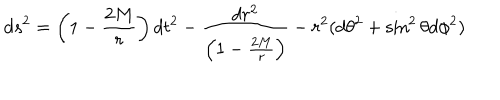
d s ^ { 2 } = \left( 1 - \frac { 2 M } { r } \right) d t ^ { 2 } - \frac { d r ^ { 2 } } { \left( 1 - \frac { 2 M } { r } \right) } - r ^ { 2 } ( d \theta ^ { 2 } + \sin ^ { 2 } \theta d \phi ^ { 2 } )